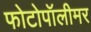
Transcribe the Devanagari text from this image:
फोटोपॉलीमर